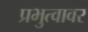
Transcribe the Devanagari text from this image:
प्रभुत्वावर